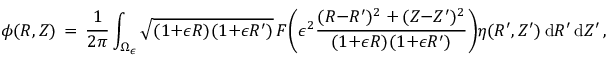
\phi ( R , Z ) \, = \, \frac { 1 } { 2 \pi } \int _ { \Omega _ { \epsilon } } \sqrt { ( 1 { + } \epsilon R ) ( 1 { + } \epsilon R ^ { \prime } ) } \, F \biggl ( \epsilon ^ { 2 } \frac { ( R { - } R ^ { \prime } ) ^ { 2 } + ( Z { - } Z ^ { \prime } ) ^ { 2 } } { ( 1 { + } \epsilon R ) ( 1 { + } \epsilon R ^ { \prime } ) } \biggr ) \eta ( R ^ { \prime } , Z ^ { \prime } ) \, \mathrm { d } R ^ { \prime } \, \mathrm { d } Z ^ { \prime } \, ,